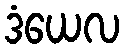
ဒံယေလ